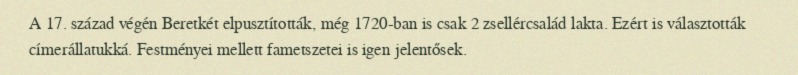
A 17. század végén Beretkét elpusztították, még 1720-ban is csak 2 zsellércsalád lakta. Ezért is választották címerállatukká. Festményei mellett fametszetei is igen jelentősek.